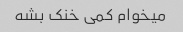
میخوام کمی خنک بشه